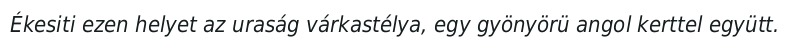
Ékesiti ezen helyet az uraság várkastélya, egy gyönyörü angol kerttel együtt.